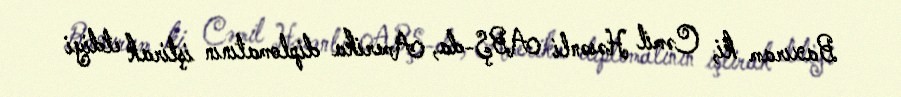
Baxıram ki, Cəmil Həsənli ABŞ-da, Amerika diplomatının iştirak etdiyi